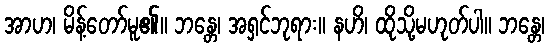
အာဟ၊ မိန့်တော်မူ၏။ ဘန္တေ၊ အရှင်ဘုရား။ နဟိ၊ ထိုသို့မဟုတ်ပါ။ ဘန္တေ၊